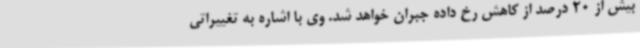
بیش از 20 درصد از کاهش رخ داده جبران خواهد شد. وی با اشاره به تغییراتی